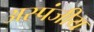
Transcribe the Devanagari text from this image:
अस्पंजीय